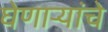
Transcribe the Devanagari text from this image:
घेणाऱ्यांचे